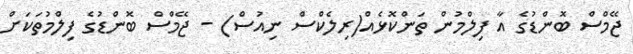
ޖޭމްސް ބޮންޑުގެ އާ ފިލްމުން ތަންކޮޅެއް(ރިލެކްސް ނިއުސް) - ޖޭމްސް ބޮންޑުުގެ ފިލްމުތަކަށް